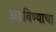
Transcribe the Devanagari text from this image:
अडविण्याचा